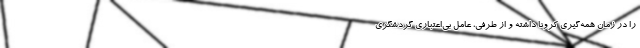
را در زمان همه‌گیری کرونا داشته و از طرفی، عامل بی‌اعتباری گردشگری